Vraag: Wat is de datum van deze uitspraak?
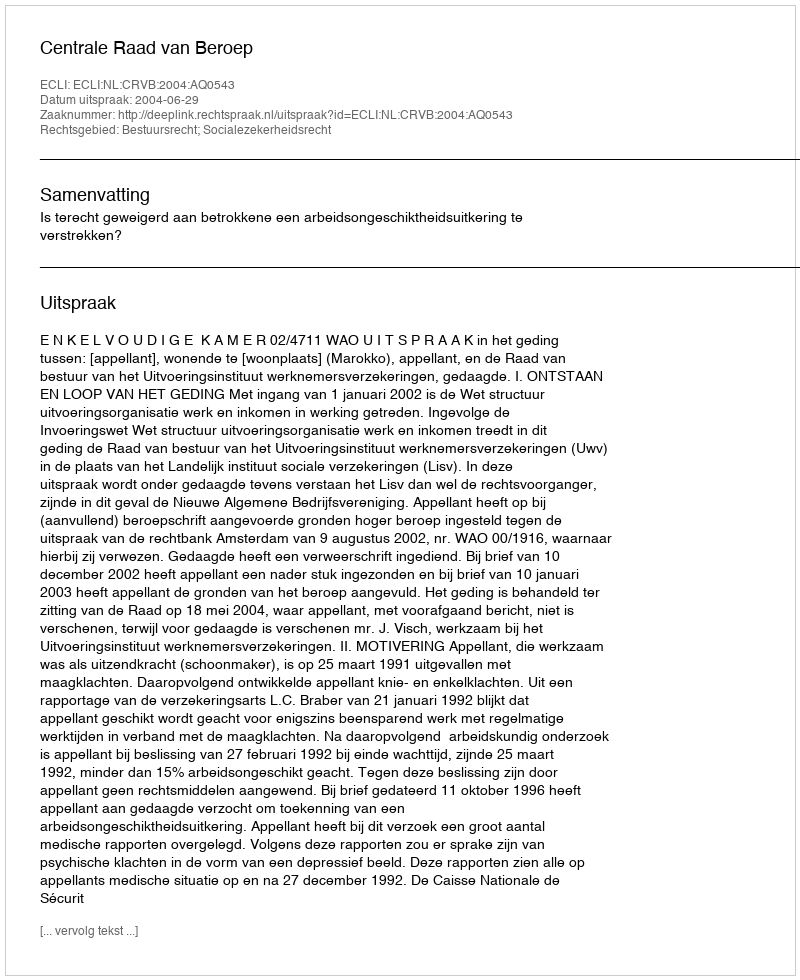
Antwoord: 2004-06-29